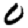
Digit: 0